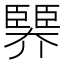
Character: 臩